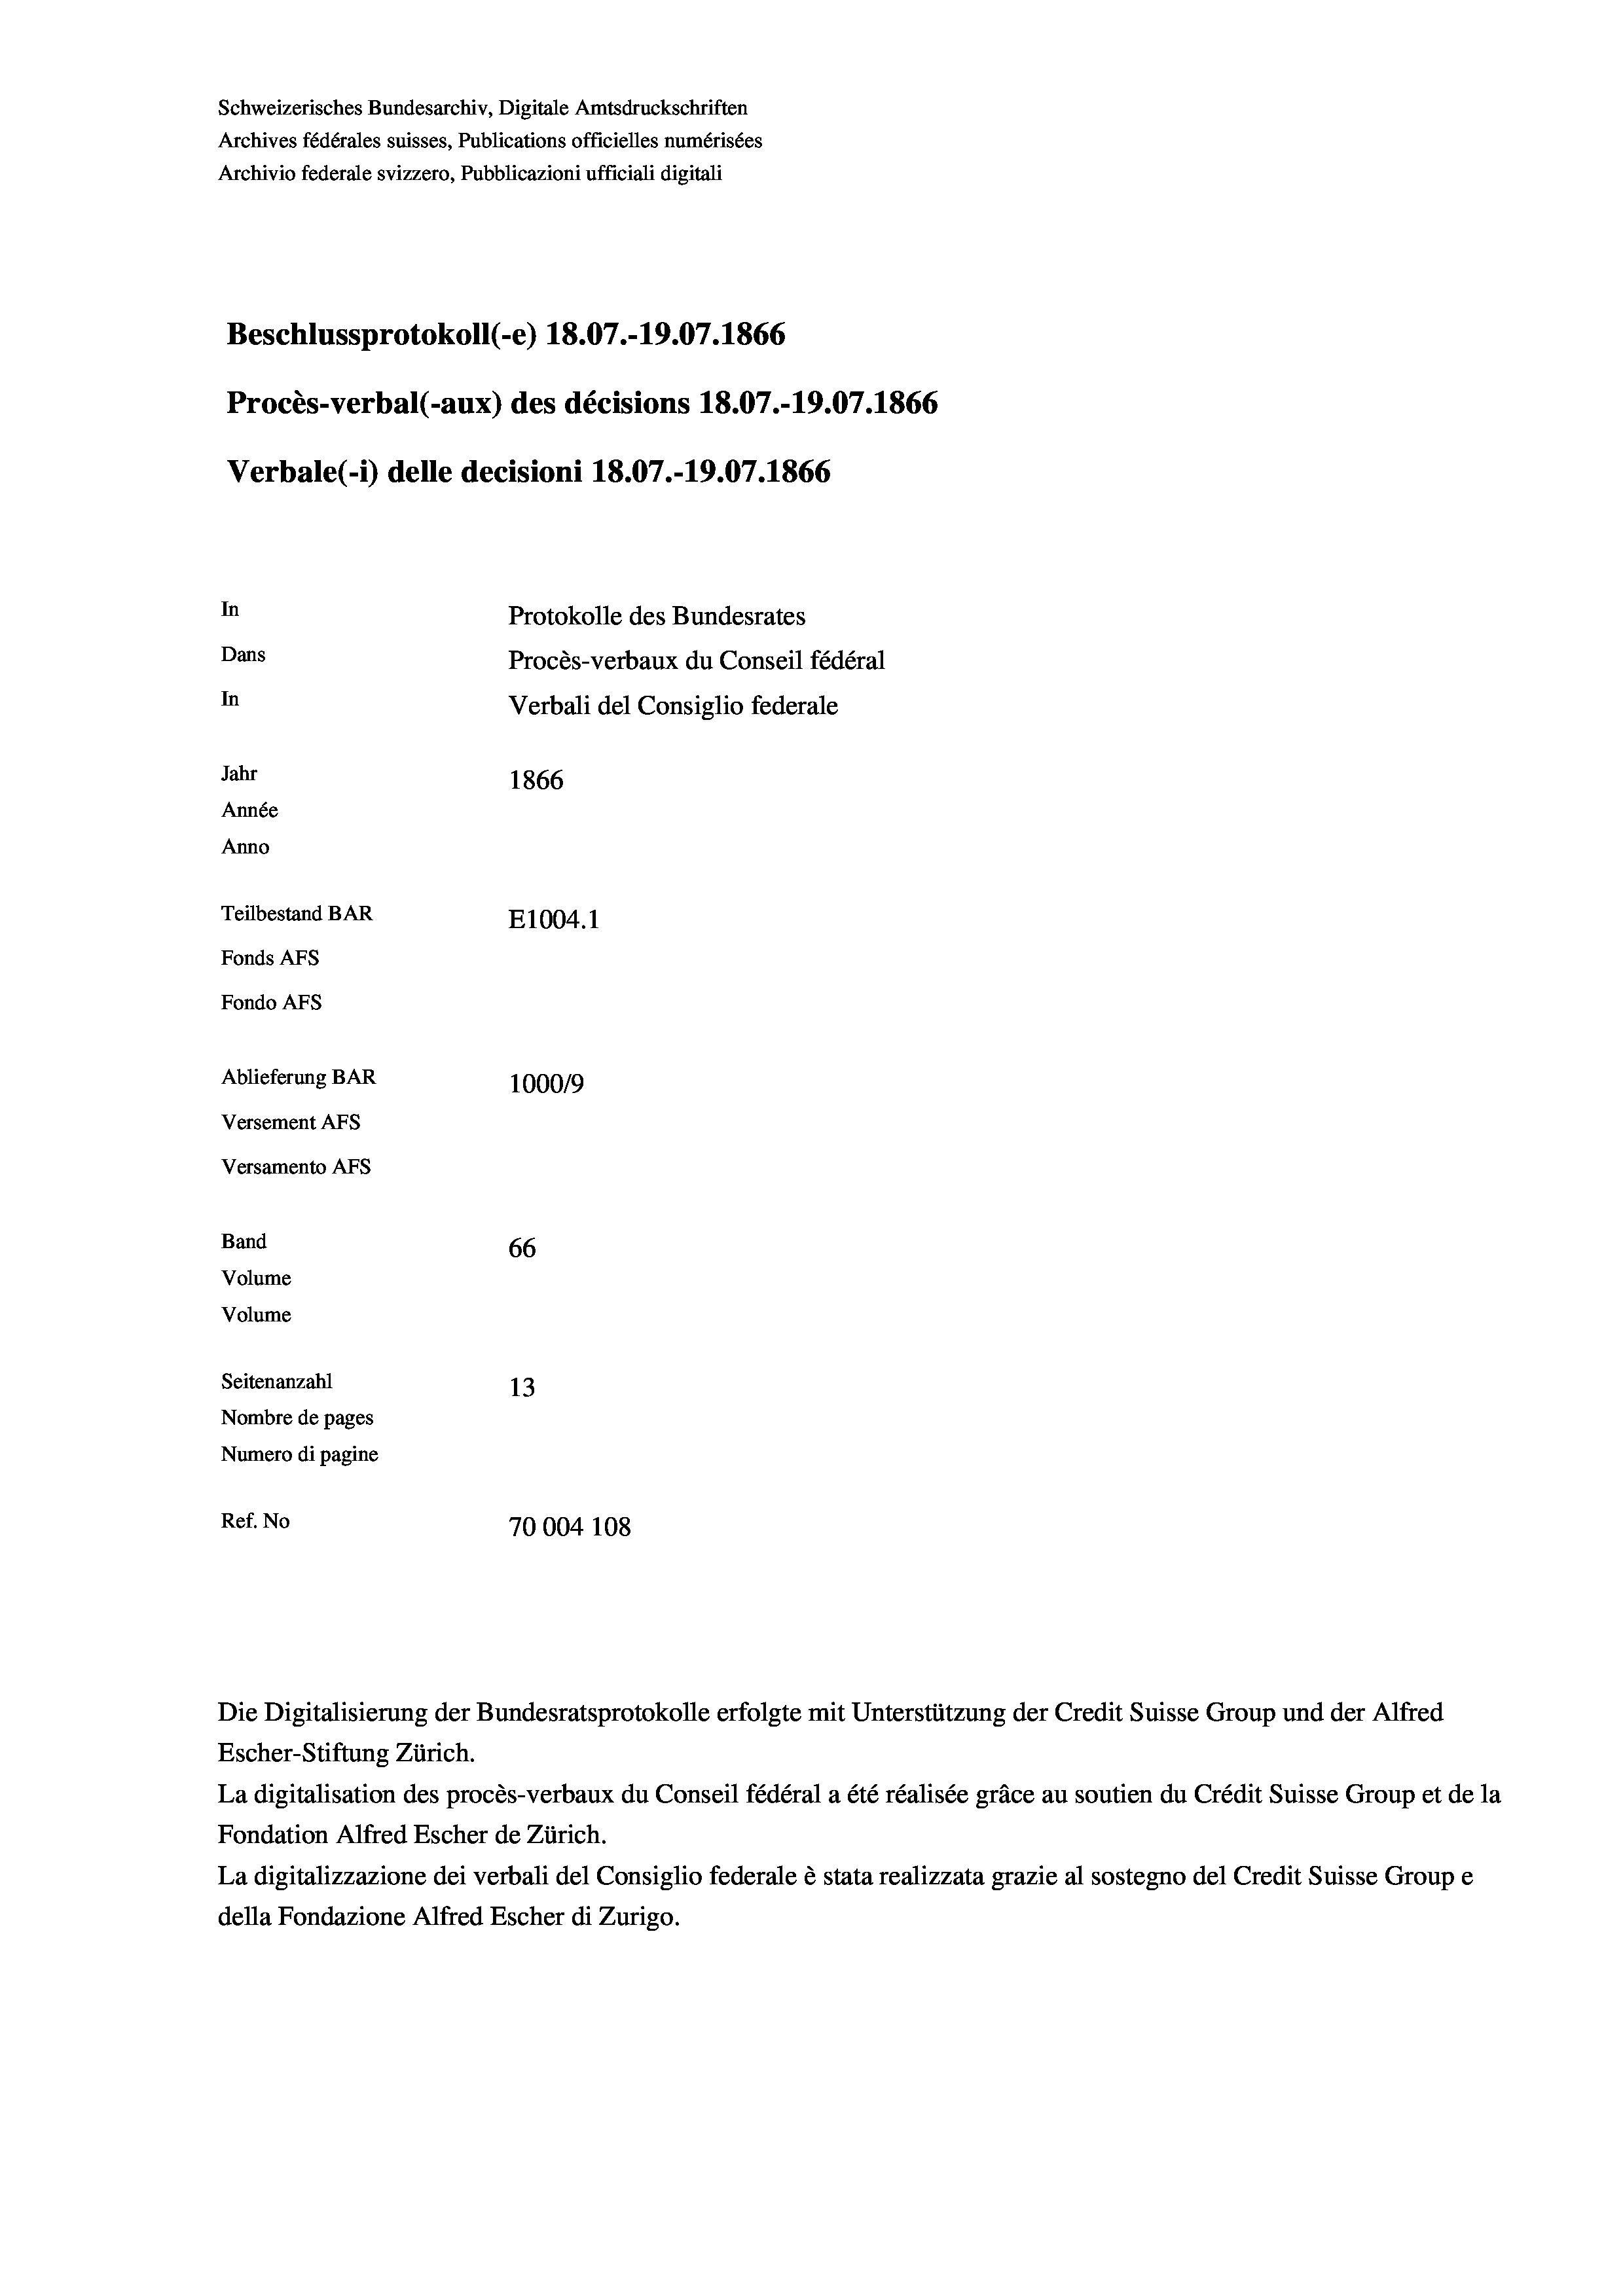
Schweizerisches Bundesarchiv, Digitale Amtsdruckschriften
Archives fédérales suisses, Publications officielles numérisées
Archivio federale svizzero, Pubblicazioni ufficiali digitali
Beschlussprotokoll (-e) 18.07.-19.07. 1866
Procès-verbal (-aux) des décisions 18.07.-19.07.1866
Verbale(-*) delle decisioni 18.07.-19.07. 1866
In
Protokolle des Bundesrates
Dans
Procès-verbaux du Conseil fédéral
In
Verbali del Consiglio federale
Jahr
1866
Année
Anno
Teilbestand BAR
E1004.1
Fonds AFs
Fondo AFS
Ablieferung BAR
100019
Versement AFs
Versamento AFs

Band
Volume
Volume

66
Seitenanzahl
13
Nombre de pages
Numero di pagine
Ref. No
70004 108

Die Digitalisierung der Bundesratsprotokolle erfolgte mit Unterstützung der Credit Suisse Group und der Alfred

Escher-Stiftung Zürich.
La digitalisation des procès-verbaux du Conseil fédéral a été réalisée gräce au soutien du Crédit Suisse Group et de la
Fondation Alfred Escher de Zürich.
La digitalizzazione dei verbali del Consiglio federale è stata realizzata grazie al sostegno del Credit Suisse Groupe
della Fondazione Alfred Escher di Zurigo.